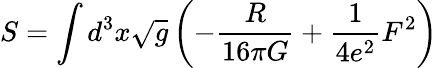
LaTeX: S=\int d^{3}x\sqrt{g}\left(-{\frac{R}{16\pi G}}+{\frac{1}{4e^{2}}}F^{2}\right)